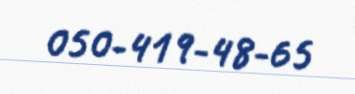
050-419-48-65